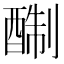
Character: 𨡘